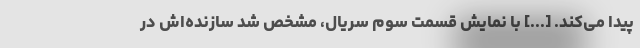
پیدا می‌کند. [...] با نمایش قسمت سوم سریال، مشخص شد سازنده‌اش در